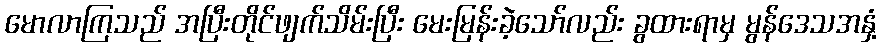
မောလာကြသည် အပြီးတိုင်ဖျက်သိမ်းပြီး မေးမြန်းခဲ့သော်လည်း ခွထားရာမှ မွန်ဒေသအနှံ့